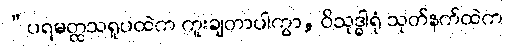
“ပရမတ္ထသရူပထဲက ကူးချတာပါကွာ, ဝိသုဒ္ဓါရုံ သုတ်နက်ထဲက